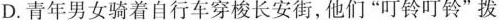
D.青年男女骑着自行车穿梭长安街，他们”叮铃叮铃”拨